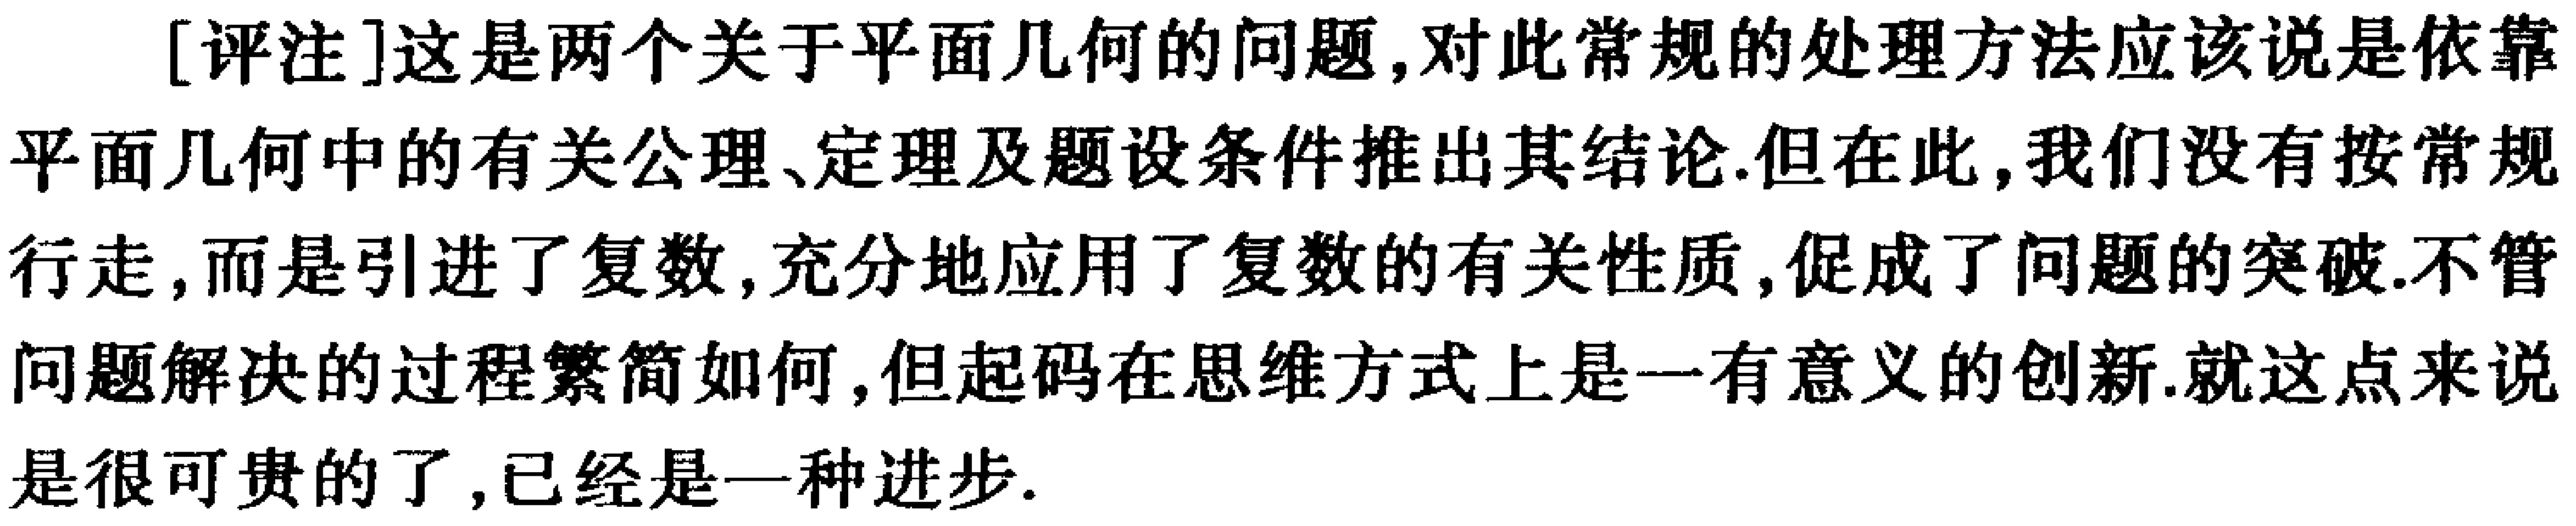
[评注]这是两个关于平面几何的问题,对此常规的处理方法应该说是依靠平面几何中的有关公理、定理及题设条件推出其结论.但在此,我们没有按常规行走,而是引进了复数,充分地应用了复数的有关性质,促成了问题的突破.不管问题解决的过程繁简如何,但起码在思维方式上是一有意义的创新.就这点来说是很可贵的了,已经是一种进步.